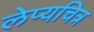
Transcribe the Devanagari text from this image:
लेप्यचित्र